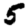
Digit: 5